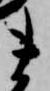
ま